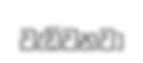
වැඩිවනවා